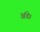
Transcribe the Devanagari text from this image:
अंडे।